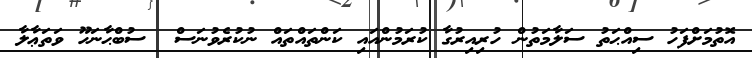
އޮތުމަށްފަހު ސިއްޙަތު ސަލާމަތުން ހުރިއިރުގާ ކުރަމުންއައި ކަންތައްތައް ނުކުރެވުނަސް  ސުބްޙާނަހޫ ވަތަޢާލާ